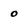
Character: o